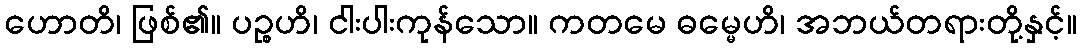
ဟောတိ၊ ဖြစ်၏။ ပဉ္စဟိ၊ ငါးပါးကုန်သော။ ကတမေ ဓမ္မေဟိ၊ အဘယ်တရားတို့နှင့်။